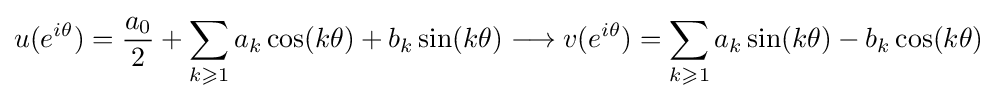
u(e^{i\theta })={\frac {a_{0}}{2}}+\sum _{k\geqslant 1}a_{k}\cos(k\theta )+b_{k}\sin(k\theta )\longrightarrow v(e^{i\theta })=\sum _{k\geqslant 1}a_{k}\sin(k\theta )-b_{k}\cos(k\theta )